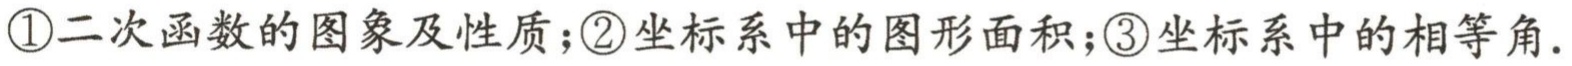
\textcircled{1}二次函数的图象及性质；\textcircled{2}坐标系中的图形面积；\textcircled{3}坐标系中的相等角.